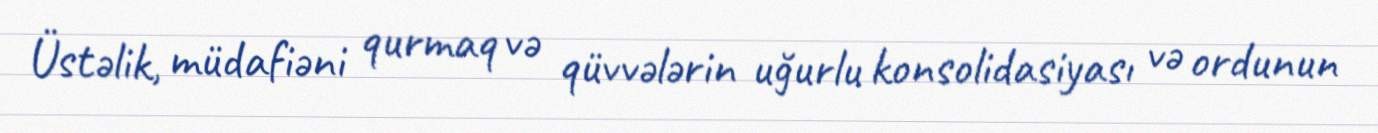
Üstəlik, müdafiəni qurmaq və qüvvələrin uğurlu konsolidasiyası və ordunun